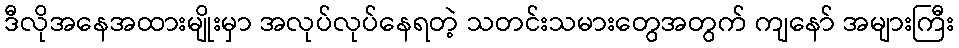
ဒီလိုအနေအထားမျိုးမှာ အလုပ်လုပ်နေရတဲ့ သတင်းသမားတွေအတွက် ကျနော် အများကြီး